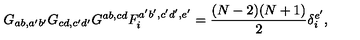
G _ { a b , a ^ { \prime } b ^ { \prime } } G _ { c d , c ^ { \prime } d ^ { \prime } } G ^ { a b , c d } F _ { i } ^ { a ^ { \prime } b ^ { \prime } , c ^ { \prime } d ^ { \prime } , e ^ { \prime } } = \frac { ( N - 2 ) ( N + 1 ) } { 2 } \delta _ { i } ^ { e ^ { \prime } } ,